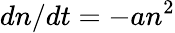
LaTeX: dn/dt=-an^{2}